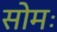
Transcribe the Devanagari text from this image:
सोमः